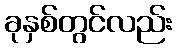
ခုနှစ်တွင်လည်း